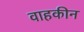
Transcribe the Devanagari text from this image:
वाहकीन